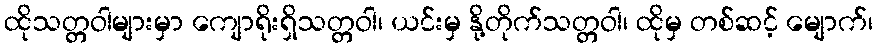
ထိုသတ္တဝါများမှာ ကျောရိုးရှိသတ္တဝါ၊ ယင်းမှ နို့တိုက်သတ္တဝါ၊ ထိုမှ တစ်ဆင့် မျောက်၊